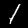
Label: 1